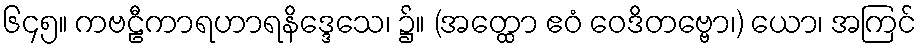
၆၄၅။ ကဗဠီကာရဟာရနိဒ္ဒေသေ၊ ၌။ (အတ္ထော ဧဝံ ဝေဒိတဗ္ဗော၊) ယော၊ အကြင်